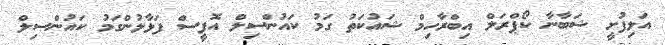
އަލިފުށީ ޝަބާނާ ކޯޕްރަލް އިބްރާހިމް ޝައުކަތު ގަމު ކައުންސިލް އޮފީސް ފަޅާލުންގަމު ކައުންސިލް